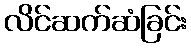
လိင်ဆက်ဆံခြင်း